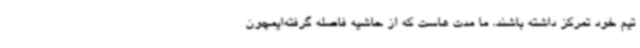
تیم خود تمرکز داشته باشند. ما مدت هاست که از حاشیه فاصله گرفته‌ایمچون